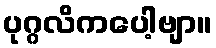
ပုဂ္ဂလိကပေါ့ဗျာ။